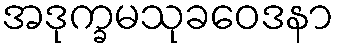
အဒုက္ခမသုခဝေဒနာ